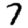
Digit: 7